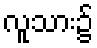
လူသား၌